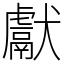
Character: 獻